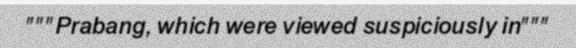
"""Prabang, which were viewed suspiciously in"""